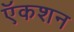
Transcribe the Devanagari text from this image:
ऍकशन